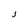
Character: 3